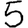
Digit: 5